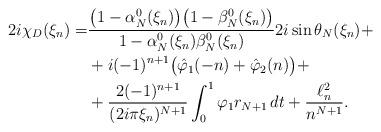
LaTeX: \begin{align*}2i\chi_D(\xi_n)=& \frac{\big(1-\alpha_N^{0}(\xi_n)\big)\big(1-\beta_N^{0}(\xi_n)\big)}{1-\alpha_N^{0}(\xi_n)\beta_N^{0}(\xi_n)} 2i\sin \theta_N(\xi_n)+\\&+ i (-1)^{n+1}\big(\hat\varphi_1(-n)+\hat\varphi_2(n)\big)+\\&+ \frac{2(-1)^{n+1}}{(2i\pi\xi_n)^{N+1}}\int_0^1\varphi_1r_{N+1}\,dt + \frac{\ell^2_n}{n^{N+1}}.\end{align*}